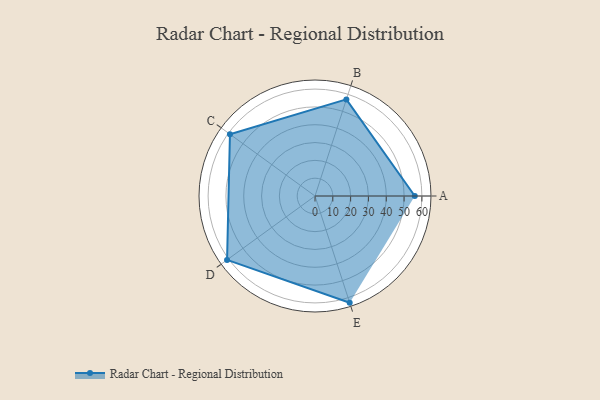
{"axis": {"x": "Skill", "y": "Score"}, "legend": ["Profile"], "data": [{"x": "A", "y": 56.0, "type": "Profile"}, {"x": "B", "y": 57.0, "type": "Profile"}, {"x": "C", "y": 59.0, "type": "Profile"}, {"x": "D", "y": 61.0, "type": "Profile"}, {"x": "E", "y": 63.0, "type": "Profile"}]}